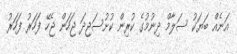
އަނެއް ބަޔަކު ސަލާމް ދިނުމުގެ ކުރިން ކުށުސަޖިދަ ޖަހަން ޖެހޭ ފަހަރު ފަހަރު